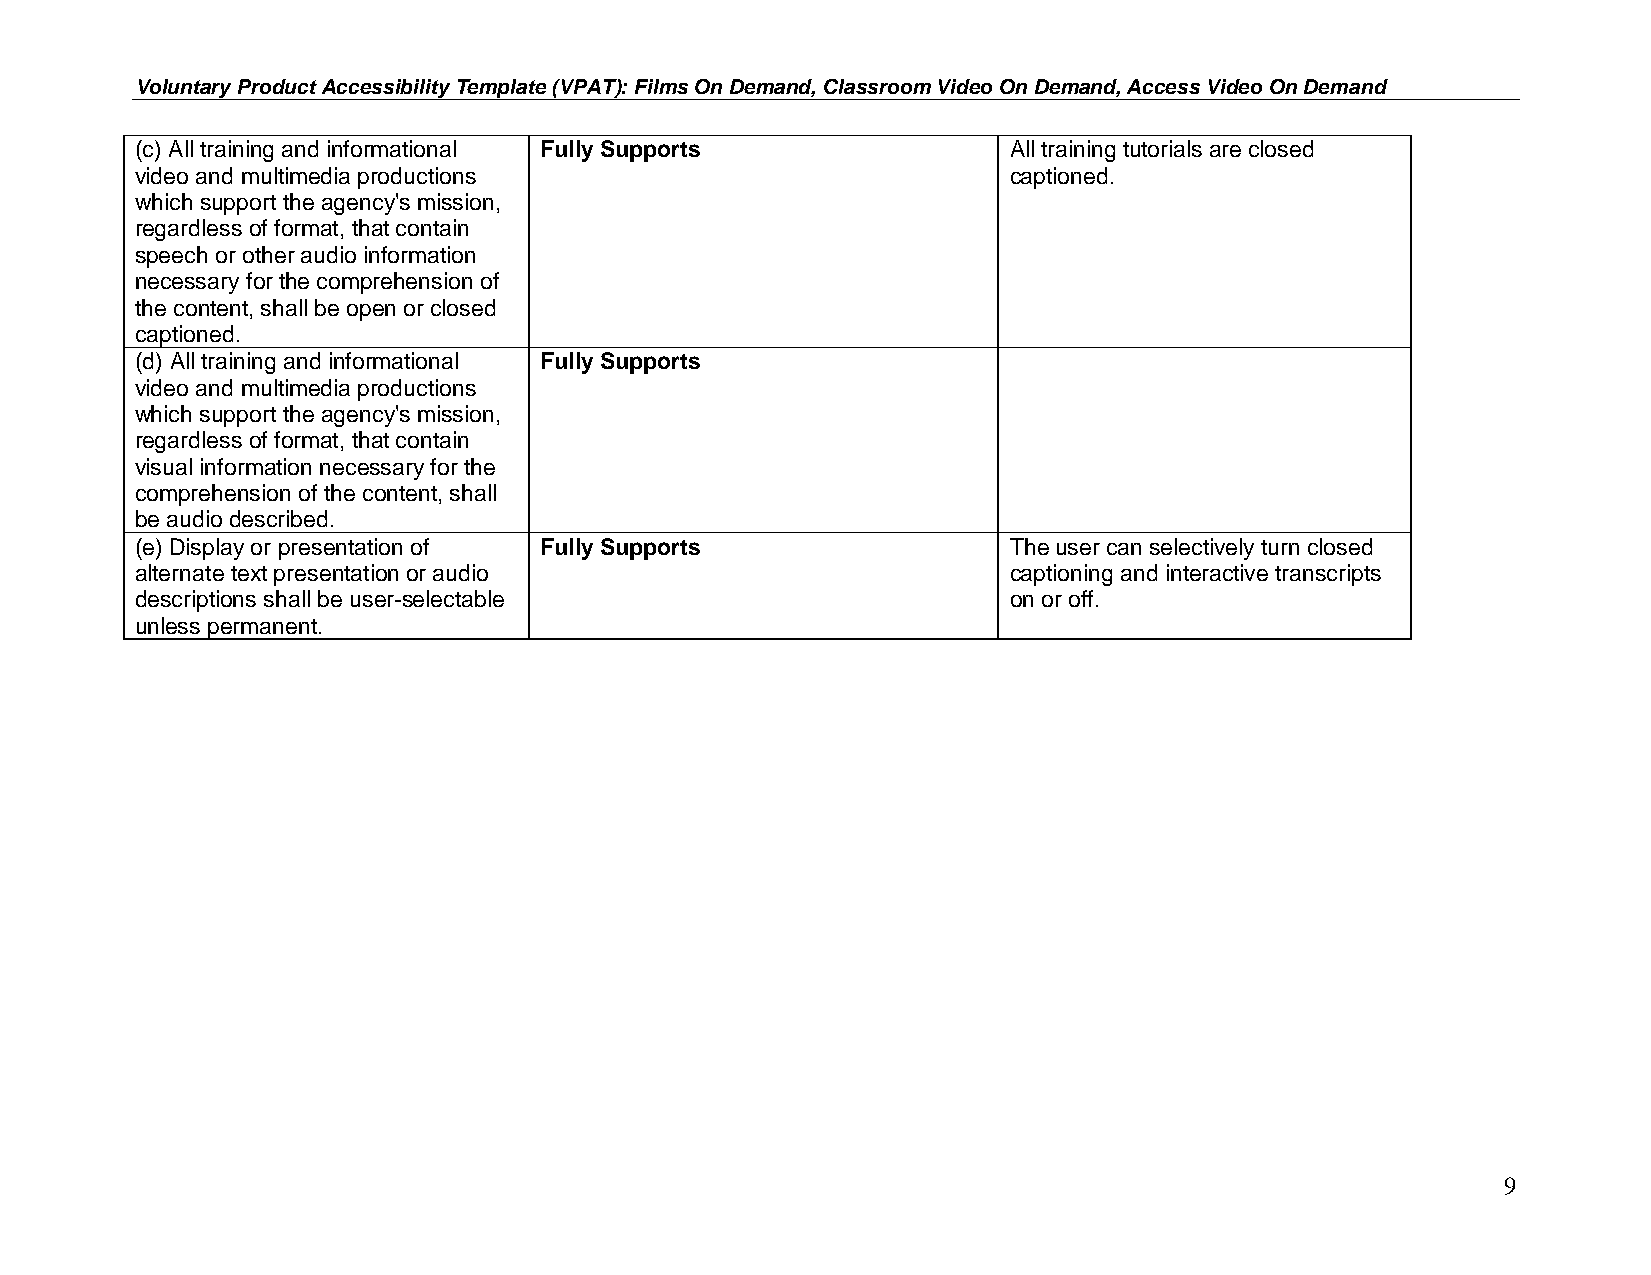
Voluntary Product Accessibility Template (VPAT): Films On Demand, Classroom Video On Demand, Access Video On Demand
 (c) All training and informational Fully Supports         All training tutorials are closed
 video and multimedia productions                          captioned.
 which support the agency's mission,
 regardless of format, that contain
 speech or other audio information
 necessary for the comprehension of
 the content, shall be open or closed
 captioned.
 (d) All training and informational Fully Supports
 video and multimedia productions
 which support the agency's mission,
 regardless of format, that contain
 visual information necessary for the
 comprehension of the content, shall
 be audio described.
 (e) Display or presentation of Fully Supports             The user can selectively turn closed
 alternate text presentation or audio                      captioning and interactive transcripts
 descriptions shall be user-selectable                     on or off.
 unless permanent.
 9